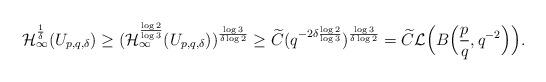
LaTeX: \begin{align*}\mathcal{H}^{\frac{1}{\delta}}_{\infty}(U_{p,q, \delta})\geq (\mathcal{H}^{\frac{\log 2}{\log 3}}_{\infty}(U_{p,q, \delta}))^{\frac{\log 3}{\delta \log 2}}\geq \widetilde{C} (q^{-2\delta \frac{\log 2}{\log 3}})^{ \frac{\log 3}{\delta\log 2}}=\widetilde{C}\mathcal{L} \Big(B\Big(\frac{p}{q},q^{-2}\Big)\Big).\end{align*}